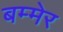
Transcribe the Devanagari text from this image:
बम्मेर